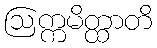
ဩက္ကမိတ္ထာတိ